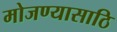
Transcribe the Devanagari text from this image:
मोजण्यासाठि